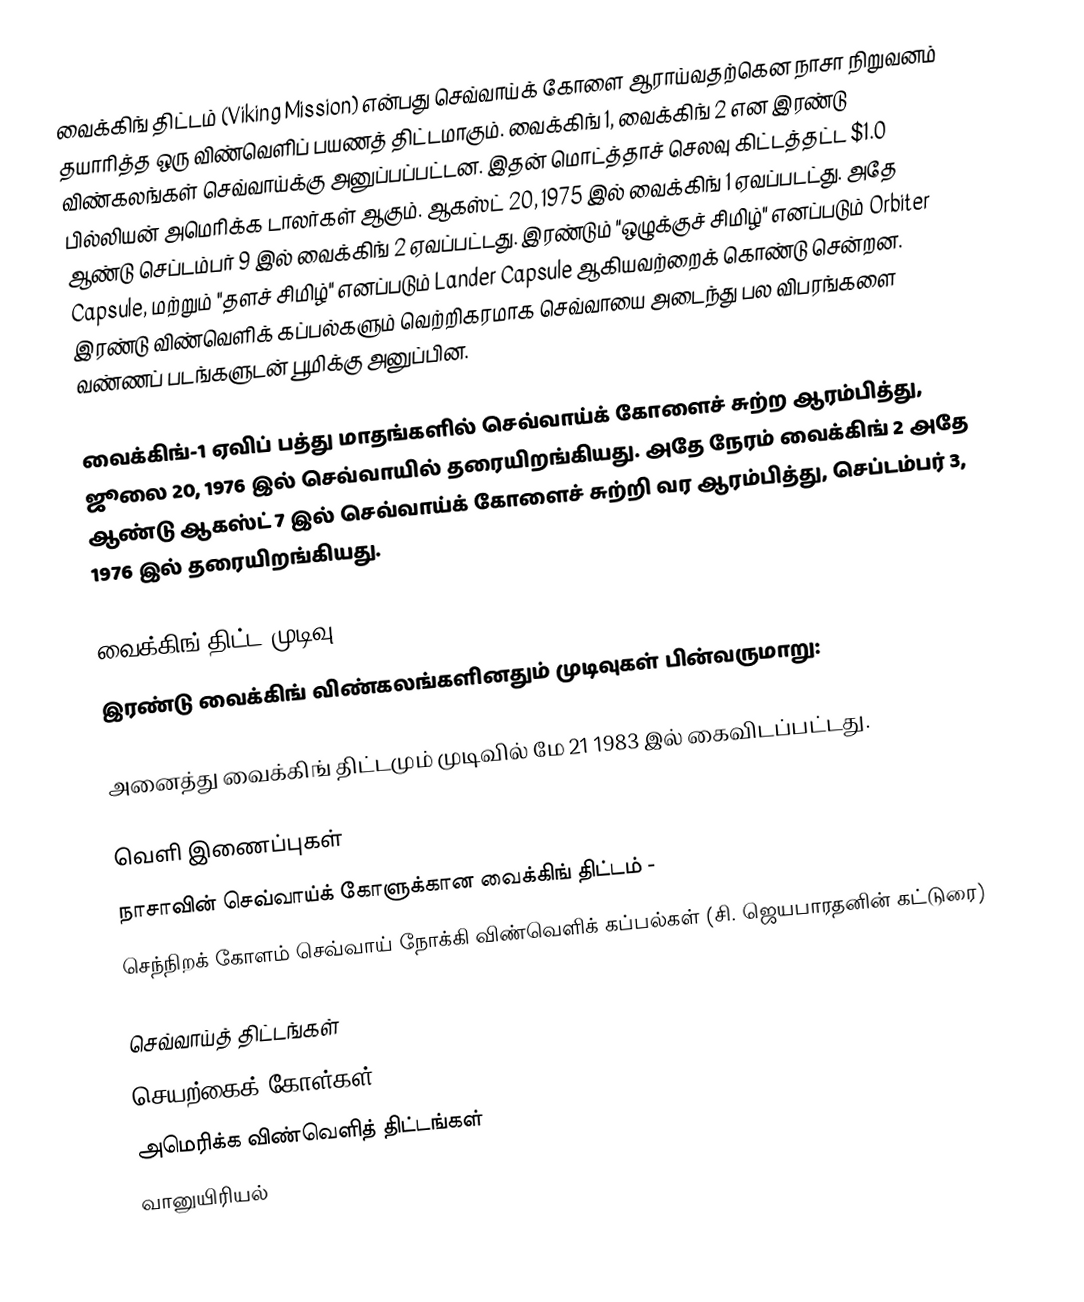
வைக்கிங் திட்டம் (Viking Mission) என்பது செவ்வாய்க் கோளை ஆராய்வதற்கென நாசா நிறுவனம் தயாரித்த ஒரு விண்வெளிப் பயணத் திட்டமாகும். வைக்கிங் 1, வைக்கிங் 2 என இரண்டு விண்கலங்கள் செவ்வாய்க்கு அனுப்பப்பட்டன. இதன் மொட்த்தாச் செலவு கிட்டத்தட்ட $1.0 பில்லியன் அமெரிக்க டாலர்கள் ஆகும். ஆகஸ்ட் 20, 1975 இல் வைக்கிங் 1 ஏவப்படட்து. அதே ஆண்டு செப்டம்பர் 9 இல் வைக்கிங் 2 ஏவப்பட்டது. இரண்டும் "ஒழுக்குச் சிமிழ்" எனப்படும் Orbiter Capsule, மற்றும் "தளச் சிமிழ்" எனப்படும் Lander Capsule ஆகியவற்றைக் கொண்டு சென்றன. இரண்டு விண்வெளிக் கப்பல்களும் வெற்றிகரமாக செவ்வாயை அடைந்து பல விபரங்களை வண்ணப் படங்களுடன் பூமிக்கு அனுப்பின.

வைக்கிங்-1 ஏவிப் பத்து மாதங்களில் செவ்வாய்க் கோளைச் சுற்ற ஆரம்பித்து, ஜூலை 20, 1976 இல் செவ்வாயில் தரையிறங்கியது. அதே நேரம் வைக்கிங் 2 அதே ஆண்டு ஆகஸ்ட் 7 இல் செவ்வாய்க் கோளைச் சுற்றி வர ஆரம்பித்து, செப்டம்பர் 3, 1976 இல் தரையிறங்கியது.

வைக்கிங் திட்ட முடிவு
இரண்டு வைக்கிங் விண்கலங்களினதும் முடிவுகள் பின்வருமாறு:

அனைத்து வைக்கிங் திட்டமும் முடிவில் மே 21 1983 இல் கைவிடப்பட்டது.

வெளி இணைப்புகள்
 நாசாவின் செவ்வாய்க் கோளுக்கான வைக்கிங் திட்டம் -
 செந்நிறக் கோளம் செவ்வாய் நோக்கி விண்வெளிக் கப்பல்கள் (சி. ஜெயபாரதனின் கட்டுரை)

செவ்வாய்த் திட்டங்கள்
செயற்கைக் கோள்கள்
அமெரிக்க விண்வெளித் திட்டங்கள்
வானுயிரியல்